Lunatic asylums Madras 1892-1911 - 1892-1911
Year: 1892
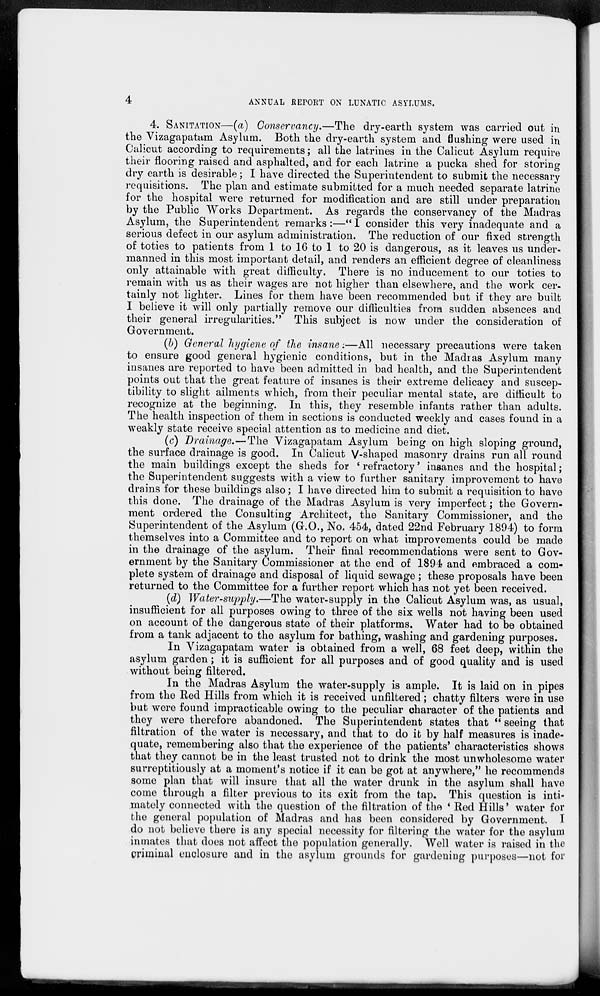
4
ANNUAL REPORT ON LUNATIC ASYLUMS.
4. SANITATION—(a) Conservancy.—The dry-earth system was carried out in
the Vizagapatam Asylum. Both the dry-earth system and flushing were used in
Calicut according to requirements; all the latrines in the Calicut Asylum require
their flooring raised and asphalted, and for each latrine a pucka shed for storing
dry earth is desirable; I have directed the Superintendent to submit the necessary
requisitions. The plan and estimate submitted for a much needed separate latrine
for the hospital were returned for modification and are still under preparation
by the Public Works Department. As regards the conservancy of the Madras
Asylum, the Superintendent remarks:—"I consider this very inadequate and a
serious defect in our asylum administration. The reduction of our fixed strength
of toties to patients from 1 to 16 to 1 to 20 is dangerous, as it leaves us under-
manned in this most important detail, and renders an efficient degree of cleanliness
only attainable with great difficulty. There is no inducement to our toties to
remain with us as their wages are not higher than elsewhere, and the work cer-
tainly not lighter. Lines for them have been recommended but if they are built
I believe it will only partially remove our difficulties from sudden absences and
their general irregularities." This subject is now under the consideration of
Government.
(b) General hygiene of the insane:—All necessary precautions were taken
to ensure good general hygienic conditions, but in the Madras Asylum many
insanes are reported to have been admitted in bad health, and the Superintendent
points out that the great feature of insanes is their extreme delicacy and suscep-
tibility to slight ailments which, from their peculiar mental state, are difficult to
recognize at the beginning. In this, they resemble infants rather than adults.
The health inspection of them in sections is conducted weekly and cases found in a
weakly state receive special attention as to medicine and diet.
(c) Drainage.—The Vizagapatam Asylum being on high sloping ground,
the surface drainage is good. In Calicut V-shaped masonry drains run all round
the main buildings except the sheds for 'refractory' insanes and the hospital;
the Superintendent suggests with a view to further sanitary improvement to have
drains for these buildings also; I have directed him to submit a requisition to have
this done. The drainage of the Madras Asylum is very imperfect; the Govern-
ment ordered the Consulting Architect, the Sanitary Commissioner, and the
Superintendent of the Asylum (G.O., No. 454, dated 22nd February 1894) to form
themselves into a Committee and to report on what improvements could be made
in the drainage of the asylum. Their final recommendations were sent to Gov-
ernment by the Sanitary Commissioner at the end of 1894 and embraced a com-
plete system of drainage and disposal of liquid sewage; these proposals have been
returned to the Committee for a further report which has not yet been received.
(d) Water-supply.—The water-supply in the Calicut Asylum was, as usual,
insufficient for all purposes owing to three of the six wells not having been used
on account of the dangerous state of their platforms. Water had to be obtained
from a tank adjacent to the asylum for bathing, washing and gardening purposes.
In Vizagapatam water is obtained from a well, 68 feet deep, within the
asylum garden; it is sufficient for all purposes and of good quality and is used
without being filtered.
In the Madras Asylum the water-supply is ample. It is laid on in pipes
from the Red Hills from which it is received unfiltered; chatty filters were in use
but were found impracticable owing to the peculiar character of the patients and
they were therefore abandoned. The Superintendent states that "seeing that
filtration of the water is necessary, and that to do it by half measures is inade-
quate, remembering also that the experience of the patients' characteristics shows
that they cannot be in the least trusted not to drink the most unwholesome water
surreptitiously at a moment's notice if it can be got at anywhere," he recommends
some plan that will insure that all the water drunk in the asylum shall have
come through a filter previous to its exit from the tap. This question is inti-
mately connected with the question of the filtration of the 'Red Hills' water for
the general population of Madras and has been considered by Government. I
do not believe there is any special necessity for filtering the water for the asylum
inmates that does not affect the population generally. Well water is raised in the
criminal enclosure and in the asylum grounds for gardening purposes—not for